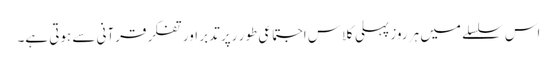
اس سلسلے میں ہر روز پہلی کلاس اجتماعی طور رپر تدبر اور تفکر قرآنی سے ہوتی ہے۔